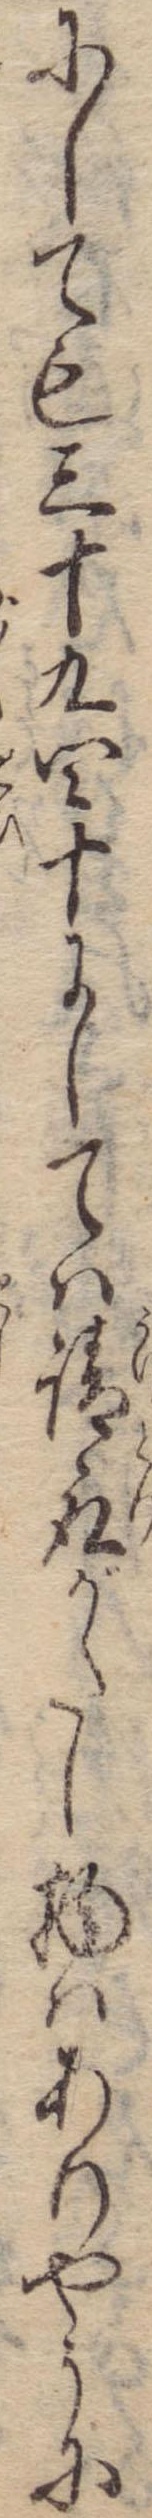
にしても三十九四十にしては請取がたし物はありやうに